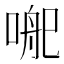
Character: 𭉄